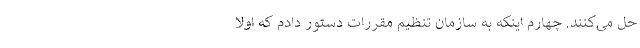
حل می‌کنند. چهارم اینکه به سازمان تنظیم مقررات دستور دادم که اولا